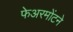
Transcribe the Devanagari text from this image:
फेअरमोंटने